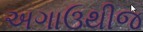
અગાઉથીજ